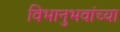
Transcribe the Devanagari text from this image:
विभानुभवांच्या